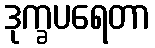
ဒုက္ခပရေတာ